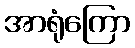
အာရုံကြော